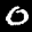
Label: 0